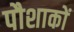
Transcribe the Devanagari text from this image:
पौशाकों